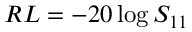
R L = - 2 0 \log S _ { 1 1 }